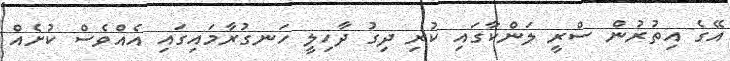
އޭގެ އިތުރުން ސްރީ ލަންކާގައި ކުރި ދިގު ދާހިލީ ހަނގުރާމައިގައި އެއްވެސް ކުށެއް